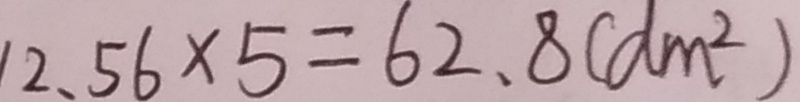
1 2 . 5 6 \times 5 = 6 2 . 8 ( d m ^ { 2 } )